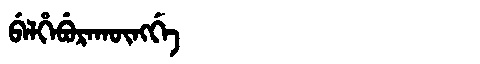
Manchu: ᠪᡝᠯᡥᡝᠪᡠᡵᠠᡴᡡᠩᡤᡝ
Romanization: BELHEBURAKŪNGGE